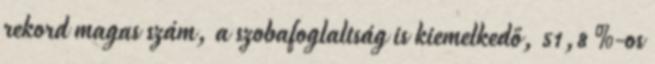
rekord magas szám, a szobafoglaltság is kiemelkedő, 51,8 %-os